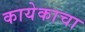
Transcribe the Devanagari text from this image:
कायेकाचा